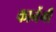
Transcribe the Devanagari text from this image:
कानेंगी